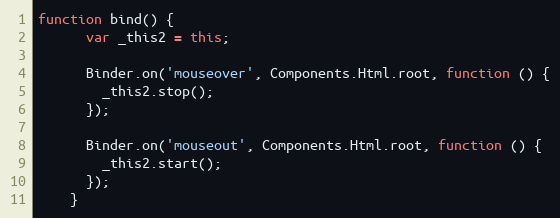
Language: JavaScript
function bind() {
      var _this2 = this;

      Binder.on('mouseover', Components.Html.root, function () {
        _this2.stop();
      });

      Binder.on('mouseout', Components.Html.root, function () {
        _this2.start();
      });
    }